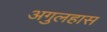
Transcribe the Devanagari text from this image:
अगुलहास